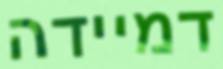
דמיידה